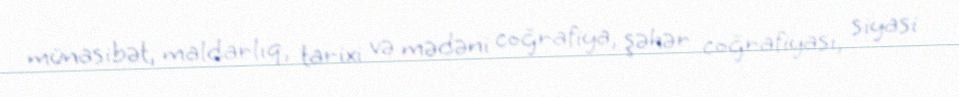
münasibət, maldarlıq, tarixi və mədəni coğrafiya, şəhər coğrafiyası, siyasi